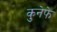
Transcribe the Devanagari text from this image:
कुनेफे